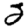
Digit: 2